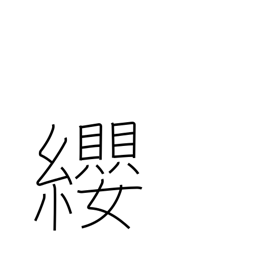
Meaning: breast harness